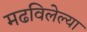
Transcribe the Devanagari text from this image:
मढविलेल्या